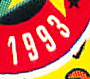
1993